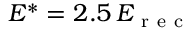
E ^ { * } = 2 . 5 \, E _ { \mathrm { ~ r ~ e ~ c ~ } }